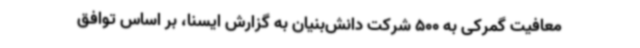
معافیت گمرکی به 500 شرکت دانش‌بنیان به گزارش ایسنا، بر اساس توافق